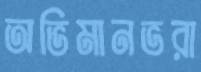
অভিমানভরা